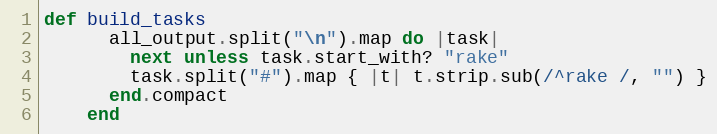
Language: Ruby
def build_tasks
      all_output.split("\n").map do |task|
        next unless task.start_with? "rake"
        task.split("#").map { |t| t.strip.sub(/^rake /, "") }
      end.compact
    end